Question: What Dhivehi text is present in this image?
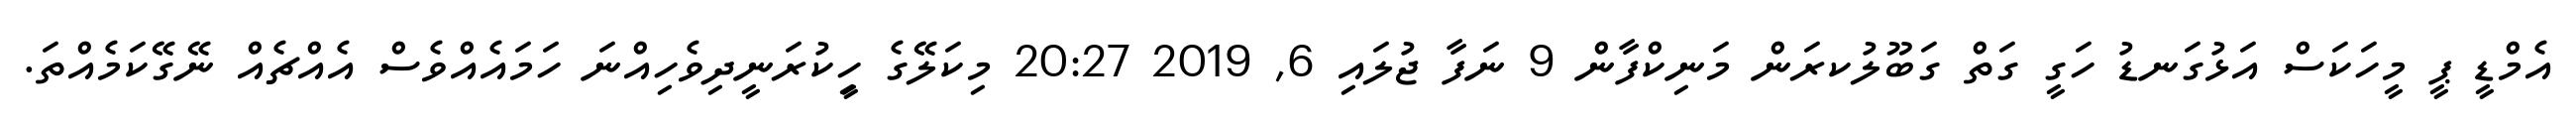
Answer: އެމްޑީ ޕީ މީހަކަސް އަޅުގަނޑު ހަގީ ގަތް ގަބޫލުކރަން މަނިކްފާން 9 ނަފާ ޖުލައި 6, 2019 20:27 މިކަލޭގެ ހީިކުރަނީދިވެހިއްނަ ހަމައެއްވެސް އެއްޗެއް ނޭގޭކަމެއްތަ.